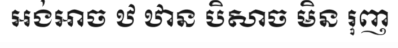
អង់អាច ឋ ឋាន បិសាច មិន រុញ